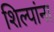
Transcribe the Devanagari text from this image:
शिल्पांना